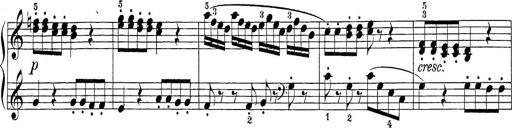
Title: Sonatina Album
Composer: Louis KÃ¶hler